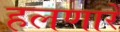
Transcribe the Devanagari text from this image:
हलणारे